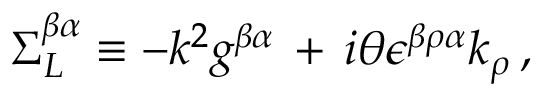
\Sigma _ { L } ^ { \beta \alpha } \equiv - k ^ { 2 } g ^ { \beta \alpha } \, + \, i \theta \epsilon ^ { \beta \rho \alpha } k _ { \rho } \, ,